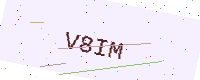
Text: V8IM